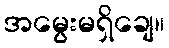
အမွေးမရှိချေ။